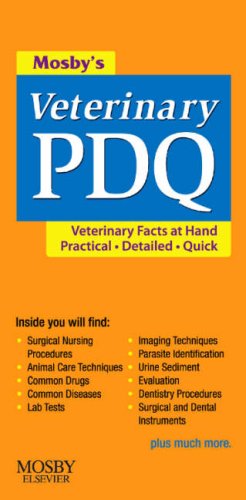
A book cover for Mosby's Veterinary PDQ, 1e; Margi Sirois EdD  MS  RVT  LAT; Medical Books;